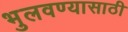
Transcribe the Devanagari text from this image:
भुलवण्यासाठी